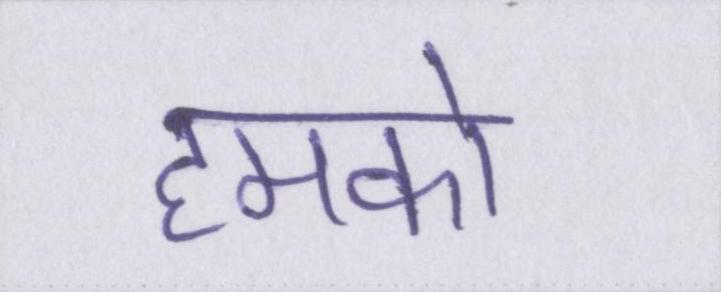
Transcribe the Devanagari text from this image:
हमको